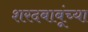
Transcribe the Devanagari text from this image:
शरदबाबूंच्या